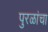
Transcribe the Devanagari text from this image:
पुरळांचा